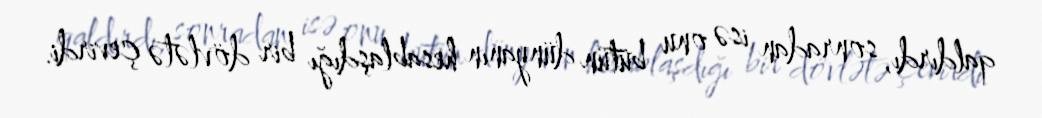
qaldırdı, sonradan isə onu bütün dünyanın hesablaşdığı bir dövlətə çevirdi.